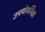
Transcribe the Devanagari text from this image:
उपयोगगिता